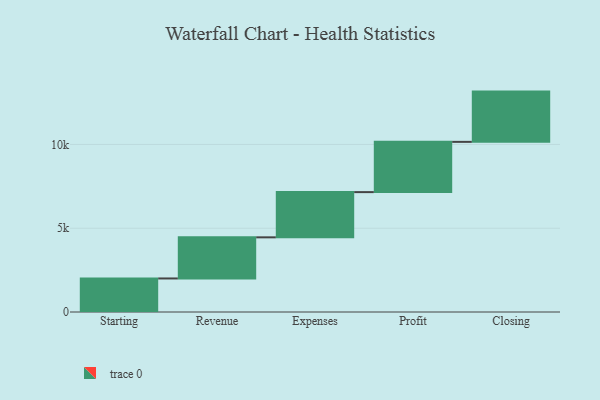
{"axis": {"x": "Step", "y": "Value"}, "legend": [""], "data": [{"x": "Starting", "y": 2002.0, "type": ""}, {"x": "Revenue", "y": 2454.0, "type": ""}, {"x": "Expenses", "y": 2699.0, "type": ""}, {"x": "Profit", "y": 3000, "type": ""}, {"x": "Closing", "y": 3000, "type": ""}]}